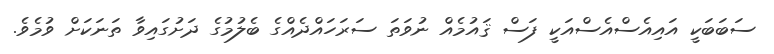
ސަބަބަކީ އައިއެސްއެސްއަކީ ފަސް ޤައުމެއް ނުވަތަ ސަރަހައްދެއްގެ ބެލުމުގެ ދަށުގައިވާ ތަނަކަށް ވުމެވެ.